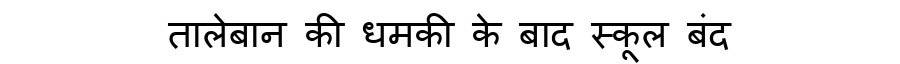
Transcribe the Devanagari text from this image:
तालेबान की धमकी के बाद स्कूल बंद